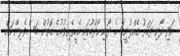
އަދި ދޯނި ފަހަރު ގެއްލުނީމަ އެ ދޯނި ހޯދުމުގައި އެހީތެރިވުމުގެ ގޮތުން މަސްވެރިންނަށް